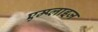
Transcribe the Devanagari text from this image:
एम्प्लाइज